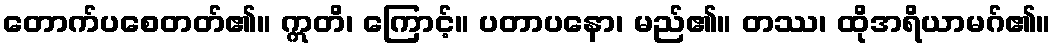
တောက်ပစေတတ်၏။ ဣတိ၊ ကြောင့်။ ပတာပနော၊ မည်၏။ တဿ၊ ထိုအရိယာမဂ်၏။